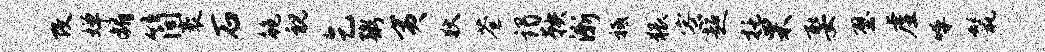
改婵媚简袤石鲍视乞粥夷狄苍谒鞅渐祗猥寮超托栗娶壁虚呼鬣